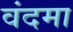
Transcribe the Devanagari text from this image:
वंदमा